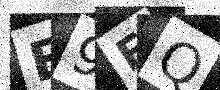
Text: E9FQ